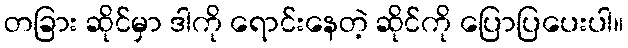
တခြား ဆိုင်မှာ ဒါကို ရောင်းနေတဲ့ ဆိုင်ကို ပြောပြပေးပါ။